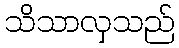
သိသာလှသည်